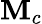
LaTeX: \mathbf{M}_{c}